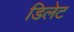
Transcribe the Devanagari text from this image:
डिलेट